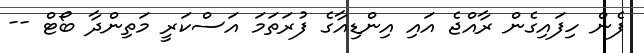
ފެން ހިފައިގެން ރާއްޖެ އައި އިންޑިއާގެ ފުރަތަމަ އަސްކަރީ މަތިންދާ ބޯޓް --